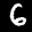
Label: 6